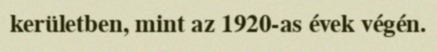
kerületben, mint az 1920-as évek végén.